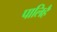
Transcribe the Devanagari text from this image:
पालिहैं